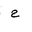
Letter: _ha